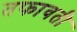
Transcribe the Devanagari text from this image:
तफावती